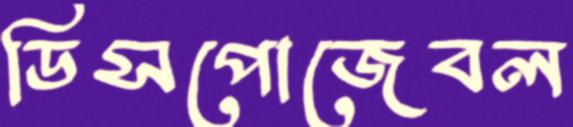
ডিসপোজেবল